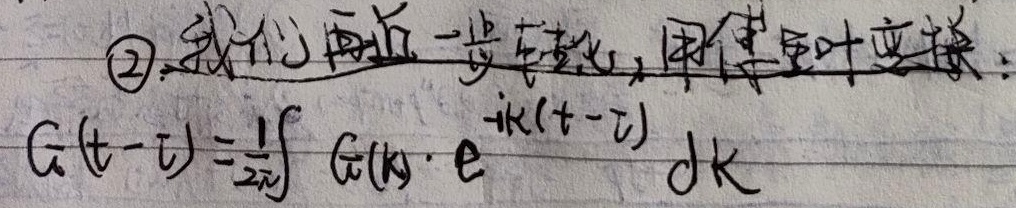
\textcircled{2} 我们再进一步转化，用傅里叶变换：
\[G(t - \tau)=\frac{1}{2\pi}\int \tilde{G}(k)\cdot e^{-ik(t - \tau)}dk\]